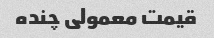
قیمت معمولی چنده